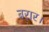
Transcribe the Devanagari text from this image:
बरार।